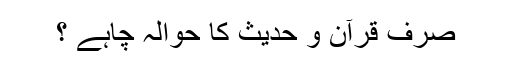
صرف قرآن و حدیث کا حوالہ چاہے ؟